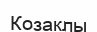
Козаклы